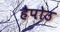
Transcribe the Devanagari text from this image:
हैपोउ